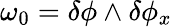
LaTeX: \omega_{0}=\delta\phi\wedge\delta\phi_{x}